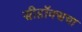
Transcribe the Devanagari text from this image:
सीहॉक्सचा